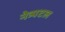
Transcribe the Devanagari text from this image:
नेत्र्पटल